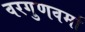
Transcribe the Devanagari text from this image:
वरगुणवर्मा